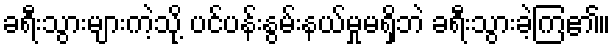
ခရီးသွားများကဲ့သို့ ပင်ပန်းနွမ်းနယ်မှုမရှိဘဲ ခရီးသွားခဲ့ကြ၏။